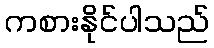
ကစားနိုင်ပါသည်